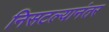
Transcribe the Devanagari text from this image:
निसटल्यानंतर